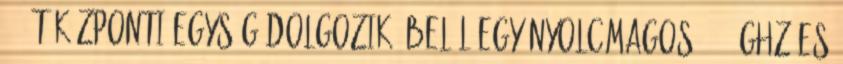
6750T központi egység dolgozik, belül egy nyolcmagos, 1,5 GHz-es